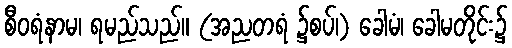
စီဝရံနာမ၊ ရမည်သည်။ (အညတရံ ၌စပ်၊) ခေါမံ၊ ခေါမတိုင်း၌